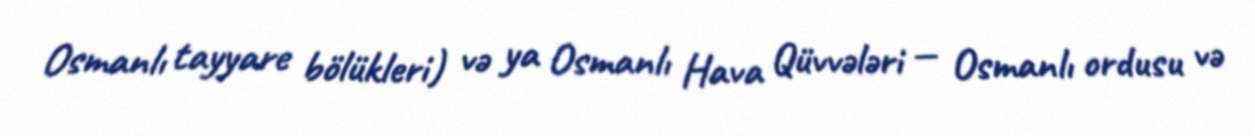
Osmanlı tayyare bölükleri) və ya Osmanlı Hava Qüvvələri — Osmanlı ordusu və